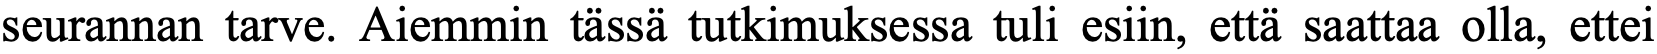
seurannan tarve. Aiemmin tässä tutkimuksessa tuli esiin, että saattaa olla, ettei